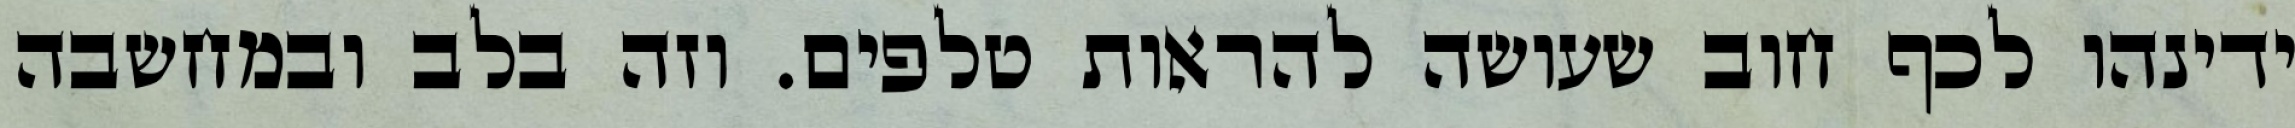
ידינהו לכף חוב שעושה להראות טלפים. וזה בלב ובמחשבה